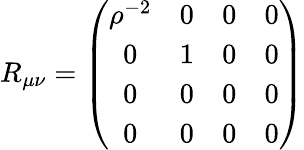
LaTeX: R_{\mu\nu}=\left(\begin{array}{cccc}{{\rho^{-2}}}&{{0}}&{{0}}&{{0}}\\ {{0}}&{{1}}&{{0}}&{{0}}\\ {{0}}&{{0}}&{{0}}&{{0}}\\ {{0}}&{{0}}&{{0}}&{{0}}\end{array}\right)